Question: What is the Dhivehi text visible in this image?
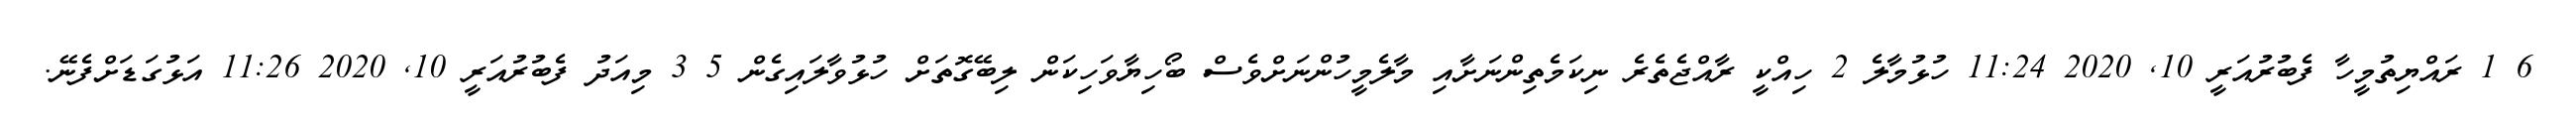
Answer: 6 1 ރައްޔިތުމީހާ ފެބުރުއަރީ 10, 2020 11:24 ހުޅުމާލެ 2 ހިއްކީ ރާއްޖެތެރެ ނިކަމެތިންނަށާއި މާލެމީހުންނަށްވެސް ބޯހިޔާވަހިކަން ލިބޭގޮތަށް ހުޅުވާލައިގެން 5 3 މިއަދު ފެބުރުއަރީ 10, 2020 11:26 އަޅުގަޑަށްފެނޭ.